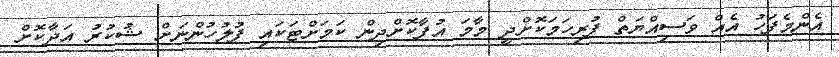
އެންމެފަހު އެއް ވަސިއްޔަތް ފުރިހަމަކޮށްދީ މާމަ އުފާކޮށްދިން ކަމަށްޓަކައި ފުލުހުންނަށް ޝުކުރު އަދާކޮށް